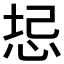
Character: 𫭻